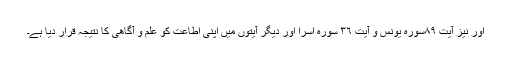
اور نیز آیت ٨٩سورہ یونس و آیت ٣٦ سورہ اسرا اور دیگر آیتوں میں اپنی اطاعت کو علم و آگاھی کا نتیجہ قرار دیا ہے۔